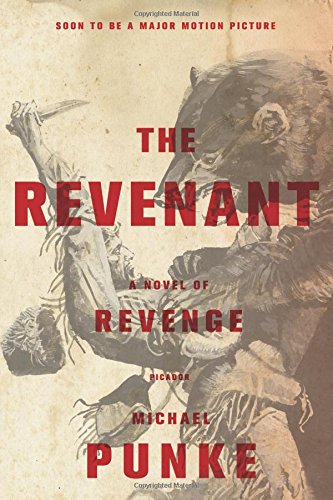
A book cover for The Revenant: A Novel of Revenge; Michael Punke; Literature & Fiction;